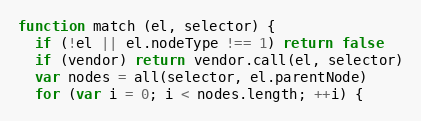
Language: JavaScript
function match (el, selector) {
  if (!el || el.nodeType !== 1) return false
  if (vendor) return vendor.call(el, selector)
  var nodes = all(selector, el.parentNode)
  for (var i = 0; i < nodes.length; ++i) {